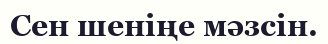
Сен шеніңе мәзсін.